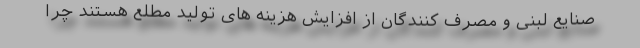
صنایع لبنی و مصرف کنندگان از افزایش هزینه های تولید مطلع هستند چرا